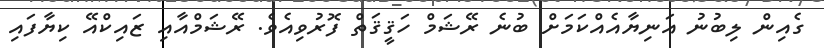
ގެއިން ލިބުނު އަނިޔާއެއްކަމަށް ބުނެ ރޭޝަމް ހަޤީޤަތް ފޮރުވިއެވެ. ރޭޝަމްއާއި ޒައިކްއޭ ކިޔާފައި